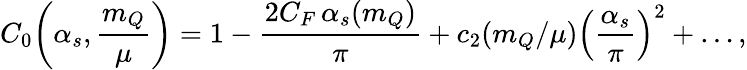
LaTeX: C_{0}\! \left(\alpha_{s},\frac{m_{Q}}{\mu}\right)=1-\frac{2C_{F}\, \alpha_{s}(m_{Q})}{\pi}+c_{2}\! \left(m_{Q}/\mu\right)\left(\frac{\alpha_{s}}{\pi}\right)^{2}+\ldots,